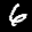
Label: 6